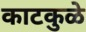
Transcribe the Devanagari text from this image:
काटकुळे